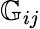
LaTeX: \mathbb{G}_{ij}